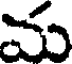
మ